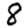
Digit: 8